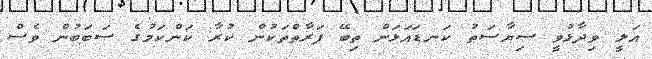
އަލީ ވިދާޅުވީ ސިޔާސަތު ކަނޑައަޅަން ތިބޭ ފަރާތްތަކުން ކުރާ ކަންކަމުގެ ސަބަބުން ވެސް